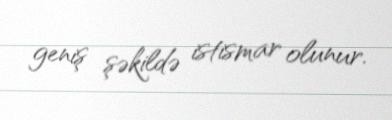
geniş şəkildə istismar olunur.